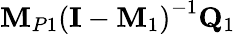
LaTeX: {\mathbf M}_{P1}\left({\mathbf I}-{\mathbf M}_{1}\right)^{-1}{\mathbf Q}_{1}